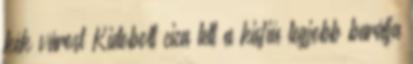
kék várost Kidobott cica lett a kisfiú legjobb barátja